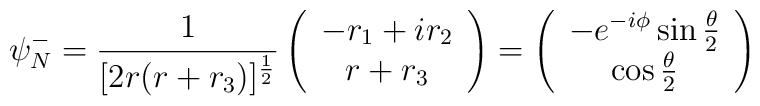
\psi^-_N=\frac{1}{[2r(r+r_3)]^{\frac{1}{2}}}\left( \begin{array}{c}-r_1+ir_2 \\ r+r_3 \end{array} \right ) = \left( \begin{array}{c}-e^{-i\phi}\sin\frac{\theta}{2} \\ \cos\frac{\theta}{2} \end{array}\right )